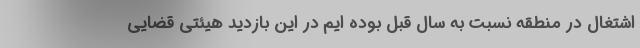
اشتغال در منطقه نسبت به سال قبل بوده ایم در این بازدید هیئتی قضایی